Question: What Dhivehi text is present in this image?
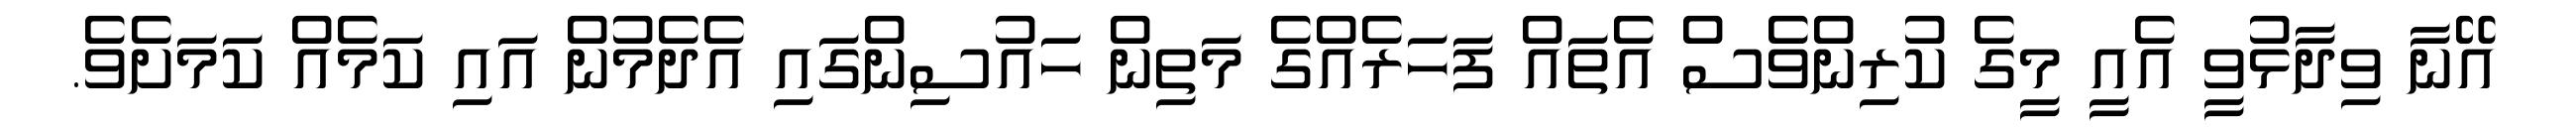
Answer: އޭނާ ވިދާޅުވީ އެއީ މީގެ ކުރިންވެސް އެތައް ފަހަރެއްގެ މަތިން ހައުސިންގައި އެދެމުން އައި ކަމެއް ކަމަށެވެ.